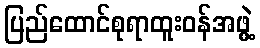
ပြည်ထောင်စုရာထူးဝန်အဖွဲ့